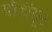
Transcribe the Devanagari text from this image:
बाॅडीसूट